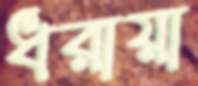
ধরায়া